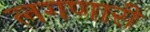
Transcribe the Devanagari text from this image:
लगणारी